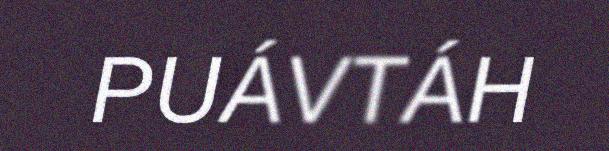
PUÁVTÁH